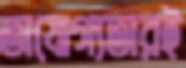
অযোগ্যতারই